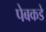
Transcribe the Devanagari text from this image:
पेबकडे